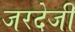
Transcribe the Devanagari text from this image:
जरदेजी